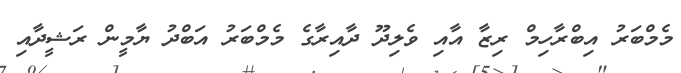
މެމްބަރު އިބްރާހިމް ރިޒާ އާއި ވެލިދޫ ދާއިރާގެ މެމްބަރު އަބްދު ޔާމީން ރަޝީދާއި